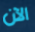
الآن